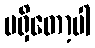
မရှိတော့ပါ